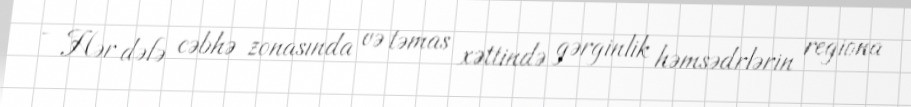
- Hər dəfə cəbhə zonasında və təmas xəttində gərginlik həmsədrlərin regiona